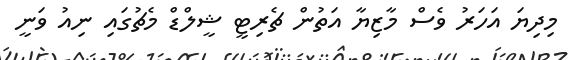
މިދިޔަ އަހަރު ވެސް މާޒިޔާ އަތުން ޗެރިޓީ ޝީލްޑް މެޗުގައި ނިއު ވަނީ